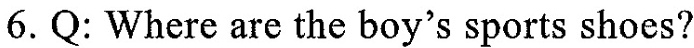
6. Q: Where are the boy's sports shoes?